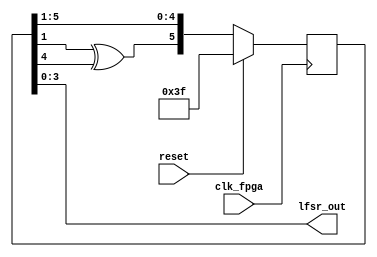
module lfsr(
    input clk_fpga, 
	 input reset,
    output [3:0] lfsr_out
    );
	 
	 reg [5:0] shift;
	 wire xor_sum;
	 
	 assign xor_sum = shift[1] ^ shift[4]; // feedback taps
	 always @ (posedge clk_fpga)	begin
		if(reset)
			shift <= 6'b111111;
		else
			shift <= {xor_sum, shift[5:1]};  // shift right
	 end
	 assign lfsr_out = shift[3:0]; // output of LFSR 
	 
endmodule